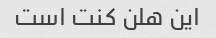
این هلن کنت است